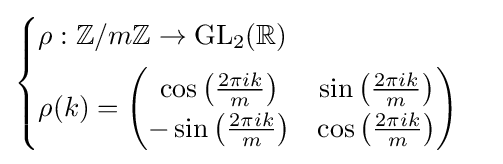
{\begin{cases}\rho :\mathbb {Z} /m\mathbb {Z} \to {\text{GL}}_{2}(\mathbb {R} )\\[4pt]\rho (k)={\begin{pmatrix}\cos \left({\frac {2\pi ik}{m}}\right)&\sin \left({\frac {2\pi ik}{m}}\right)\\-\sin \left({\frac {2\pi ik}{m}}\right)&\cos \left({\frac {2\pi ik}{m}}\right)\end{pmatrix}}\end{cases}}